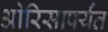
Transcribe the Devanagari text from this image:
ओरिसापर्यंत